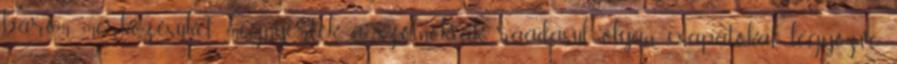
három mérkőzésüket megnyerték a szolnokiak, ráadásul olyan csapatokat legyőzve,